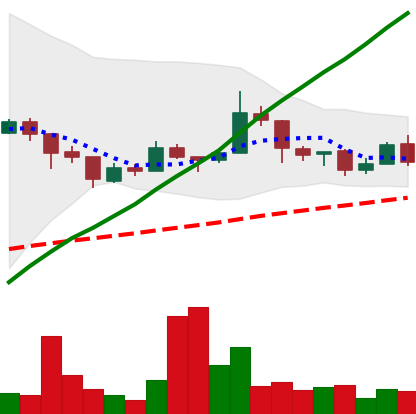
Ticker: LTC-USD
Chart end date: 2018-01-14
Forward return: -19.152%
Label: down_7plus